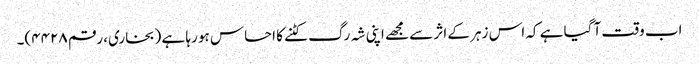
اب وقت آ گیا ہے کہ اس زہر کے اثر سے مجھے اپنی شہ رگ کٹنے کا احساس ہو رہا ہے (بخاری، رقم ۴۴۲۸)۔